Vaccination in Bombay 1913-1923 - 1913-1923
Year: 1913
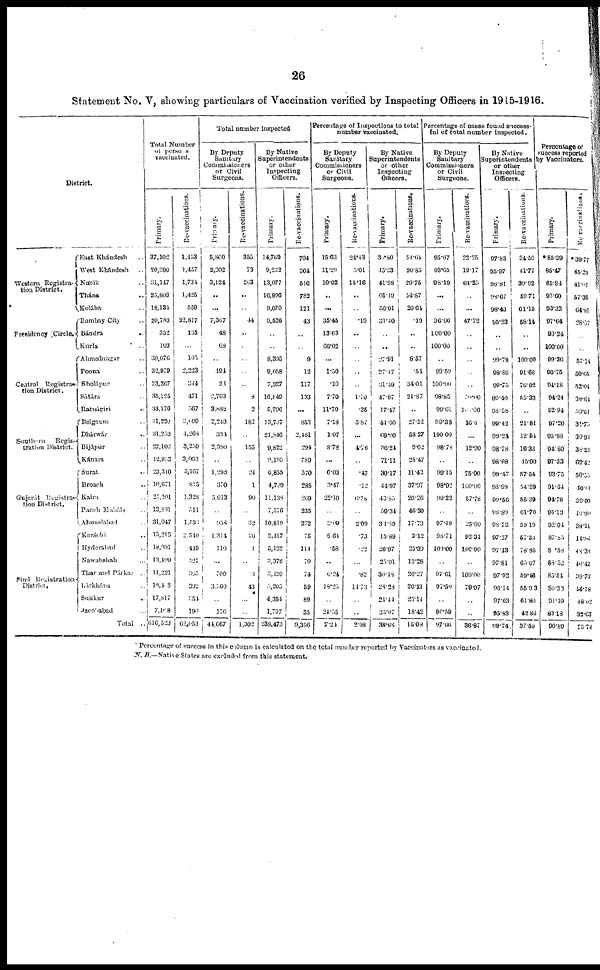
26
Statement No. V, showing particulars of Vaccination verified by Inspecting Officers in 1915-1916.
District.
Western Registra¬
tion District.
Presidency Circle.
Central Registra¬
tion District.
Southern
Regis-
tration District.
Gujarát Registra-
tion District.
Sind Registration
District.
East Khándesh ..
West Khándesh ..
Násik ..
Thána ..
Kolába ..
Bombay City ..
Bándra ..
Kurla ..
Ahmednagar ..
Poona ..
Sholápur ..
Sátára ..
Ratnágiri ..
Belgaum ..
Dhárwár ...
Bijápur ..
Kánara ..
Surat ..
Broach ..
Kaira ..
Panch Maháls ..
Ahmedabad ..
Karáchi ..
Hyderabad ...
Nawabshah ..
Thar and Párkar ..
Lárkhána ...
Sukkur
..
Jacobabad ..
Total ..
Total Number
of persons
vaccinated.
Primary.
37,102
20,390
31,147
25,803
18,134
20,783
352
103
30,076
32,979
23,267
35,125
33,176
31,220
31,253
27,102
12,932
23,310
10,671
25,401
12,831
31,047
15,215
18,991
13,499
11,221
18,408
17,817
7,168
616,523
Re-vaccinations.
1,493
1,457
1,734
1,425
559
32,817
135
...
105
2,223
344
471
567
3,099
4,268
3,259
3,063
5,167
815
1,328
511
1,531
3,540
449
527
365
292
354
190
62,053
Total number inspected
By Deputy
Sanitary
Commissioners
or Civil
Surgeons.
Primary.
5,800
2,302
3,124
..
...
7,367
48
68
..
494
23
2,703
3,882
2,243
334
2,380
..
1,298
370
5,613
..
958
1,314
110
...
700
3,360
..
176
44,667
Re-vaccinations.
355
73
263
..
..
44
..
..
..
..
..
8
2
182
..
155
..
24
1
90
..
32
26
1
..
3
43
..
..
1,302
By Native
Superintendents
or other
Inspecting
Officers.
Primary.
14,769
9,232
13,077
16,896
9,070
6,526
..
..
8,395
9,058
7,327
16,849
5,796
13,737
21,846
9,822
9,195
6,855
4,799
11,138
7,576
10,819
2,417
5,122
3,376
3,120
5,205
4,354
1,797
238,473
Re-vaccinations.
794
304
516
782
121
43
..
..
9
12
117
103
...
853
2,481
294
780
570
285
269
235
272
75
114
70
74
59
89
35
9,356
Percentage of Inspections to total
number vaccinated.
By Deputy
Sanitary
Commissioners
or Civil
Surgeons.
Primary.
15.63
11.29
10.02
..
...
35.45
13.63
66.02
...
1.50
.10
7.70
11.70
7.18
1.07
8.78
...
6.03
3.47
22.10
..
3.09
8.64
.58
..
6.24
18.25
..
24.55
7.24
Re-vaccinations.
24.43
5.01
15.16
..
..
.19
..
..
..
..
..
1.70
.35
5.87
...
4.76
..
.47
.12
6.78
..
2.09
.73
.22
...
.82
14.73
..
..
2.98
By Native
Superintendents
or other
Inspecting
Officers.
Primary.
30.80
45.33
41.98
65.49
50.01
31.40
..
..
27.91
27.47
31.49
47.97
17.47
44.00
69.90
36.24
71.11
30.17
44.97
43.85
59.34
34.89
15.89
26.97
25.01
30.18
28.28
24.44
25.07
38.68
Re-vaccinations.
54.64
20.85
29.75
54.87
26.64
.19
..
..
8.57
.54
34.01
21.87
..
27.52
58.27
9.02
25.47
11.42
37.97
20.26
46.20
17.73
2.12
25.39
13.28
20.27
20.21
25.14
18.42
15.08
Percentage of cases found success-
ful of total number inspected.
By Deputy
Sanitary
Commissioners
or Civil
Surgeons.
Primary.
95.67
93.65
98.19
...
...
96.66
100.00
100.00
..
99.59
100.00
98.85
99.61
99.38
100.00
98.78
..
99.15
98.92
99.22
..
97.49
98.71
100.00
..
97.61
97.50
..
96.59
97.66
Re-vaccinations.
22.25
19.17
64.25
..
...
47.72
..
..
..
..
..
50.00
100.00
16.4
...
12.90
..
75.00
100.00
57.78
..
25.00
92.31
100.00
..
100.00
79.07
..
..
36.87
By Native
Superintendents
or other
Inspecting
Officers.
Primary.
97.83
95.97
96.81
98.67
98.43
95.23
..
..
99.78
98.86
99.75
99.40
98.58
99.42
99.24
98.78
98.98
99.47
98.98
99.56
98.89
98.73
97.27
97.13
97.81
97.92
96.14
97.63
95.83
99.74
Re-vaccinations.
34.50
41.77
39.92
59.71
61.15
56.14
..
..
100.00
91.66
76.92
55.33
..
21.81
12.54
16.33
45.00
57.54
54.39
55.39
61.70
59.19
57.33
78.95
65.07
59.46
55.93
61.80
42.86
37.59
Percentage of
success reported
by Vaccinators.
Primary.
* 85.39
85.47
85.84
93.60
93.32
97.64
99.24
100.00
99.36
90.75
94.18
94.24
92.94
97.20
95.88
94.80
97.33
93.75
91.64
94.76
95.13
92.04
87.85
80.58
68.52
85.54
86.33
91.49
83.18
90.89
Re-vaccinations.
* 39.77
45.29
41.01
57.36
64.81
28.57
..
..
57.14
50.65
52.04
38.64
50.61
31.75
30.93
38.23
62.42
50.55
40.61
39.00
19.90
39.11
14.86
48.33
40.42
39.73
44.18
48.02
32.63
25.74
*Percentage of success in this column is calculated on the total number reported by Vaccinators as vaccinated.
N. B.—Native States are excluded from this statement.